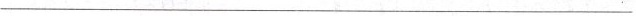
___